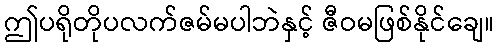
ဤပရိုတိုပလက်ဇမ်မပါဘဲနှင့် ဇီဝမဖြစ်နိုင်ချေ။